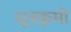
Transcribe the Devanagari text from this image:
सूत्रकृमी